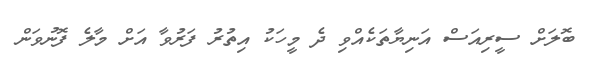
ބޮލަށް ސީރިއަސް އަނިޔާތަކެއްވި ދެ މީހަކު އިތުރު ފަރުވާ އަށް މާލެ ފޮނުވަން